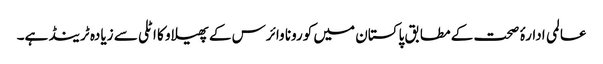
عالمی ادارۂ صحت کے مطابق پاکستان میں کورونا وائرس کے پھیلاو کا اٹلی سے زیادہ ٹرینڈ ہے۔